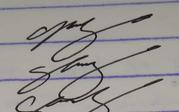
Signature authenticity: genuine